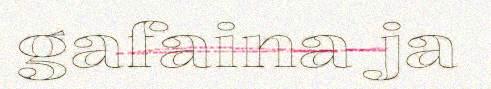
gafaina ja